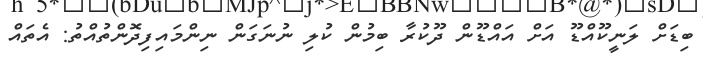
ބިޑަށް ލަނީކޫއްޑޫ އަށް އައްޑޫން ދޫކުރާ ބިމުން ކުލި ނުނަގަން ނިންމައިފިދޮންތުއްތު: އެތައް